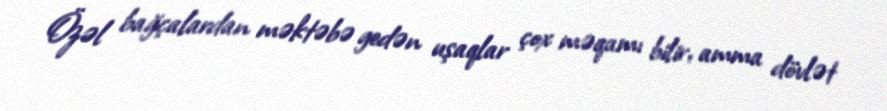
Özəl bağçalardan məktəbə gedən uşaqlar çox məqamı bilir, amma dövlət